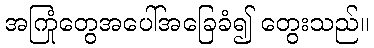
အကြုံတွေအပေါ်အခြေခံ၍ တွေးသည်။